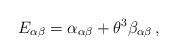
LaTeX: \begin{align*} E_{\alpha \beta} = \alpha_{\alpha \beta} + \theta^3 \beta_{\alpha \beta} \, ,\end{align*}